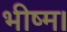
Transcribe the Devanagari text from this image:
भीष्म।